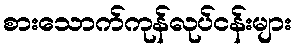
စားသောက်ကုန်လုပ်ငန်းများ